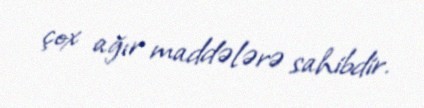
çox ağır maddələrə sahibdir.